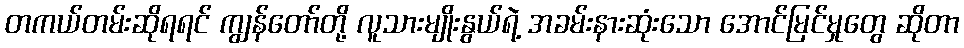
တကယ်တမ်းဆိုရရင် ကျွန်တော်တို့ လူသားမျိုးနွယ်ရဲ့ အခမ်းနားဆုံးသော အောင်မြင်မှုတွေ ဆိုတာ